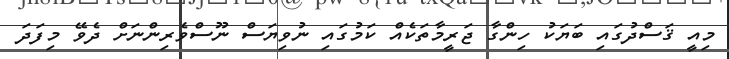
މިއީ ޤަސްދުގައި ބަޔަކު ހިންގާ ޖަރީމާތަކެއް ކަމުގައި ނުވިޔަސް ނޫސްވެރިންނަށް ދެވޭ މިފަދަ